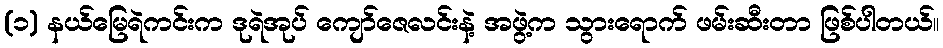
(၁) နယ်မြေရဲကင်းက ဒုရဲအုပ် ကျော်ဇေလင်းနဲ့ အဖွဲ့က သွားရောက် ဖမ်းဆီးတာ ဖြစ်ပါတယ်။